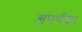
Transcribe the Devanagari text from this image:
अपर्णैका